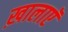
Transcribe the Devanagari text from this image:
ख़ालाएॅ